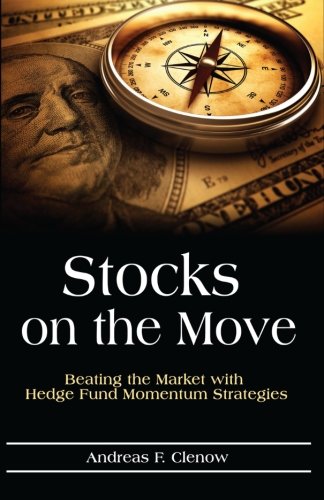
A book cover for Stocks on the Move: Beating the Market with Hedge Fund Momentum Strategies; Andreas F. Clenow; Business & Money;